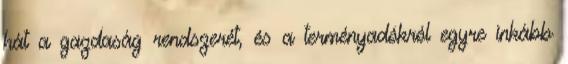
hát a gazdaság rendszerét, és a terményadókról egyre inkább